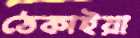
ঠেকাইয়া